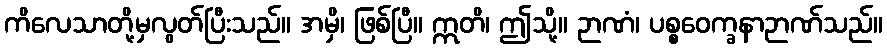
ကိလေသာတို့မှလွတ်ပြီးသည်။ အမှိ၊ ဖြစ်ပြီ။ ဣတိ၊ ဤသို့။ ဉာဏံ၊ ပစ္စဝေက္ခနာဉာဏ်သည်။